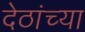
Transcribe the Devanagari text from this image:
देठांच्या